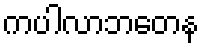
ကပါလာဘတေန